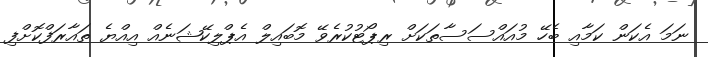
ނަމަ އެކަން ކަމާއި ބެހޭ މުއައްސަސާތަކަށް ރިޕޯޓުކުރެވޭ މޮބައިލް އެޕްލިކޭޝަނެއް އިއްޔެ ތައާރަފްކޮށްފި